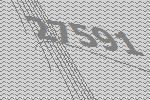
27591